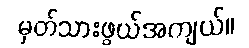
မှတ်သားဖွယ်အကျယ်။